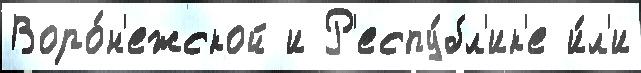
Воро́н'ежской и Р'еспу́бл'ик'е и́л'и